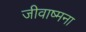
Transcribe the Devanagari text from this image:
जीवाष्मना